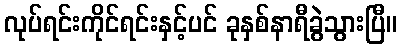
လုပ်ရင်းကိုင်ရင်းနှင့်ပင် ခုနှစ်နာရီခွဲသွားပြီ။